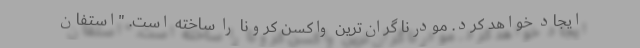
ایجاد خواهد کرد. مودرنا گران‌ترین واکسن کرونا را ساخته است. "استفان